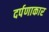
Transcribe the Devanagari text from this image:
दर्पणाकार